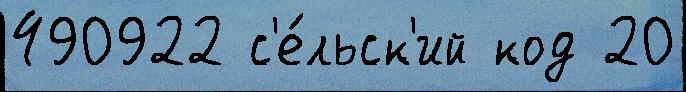
490922 с'е́льск'ий код 20